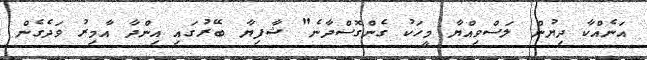
އަނެއްކާ ދިޔުން ލަސްވިއްޔާ މީހަކު ގެންގޮސްދާނެ" ޝާފިޔާ ބޭރުގައި އިންދާ އާމިރު ވަދެގެން